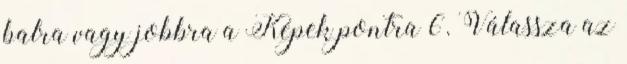
balra vagy jobbra a Képek pontra 6. Válassza az